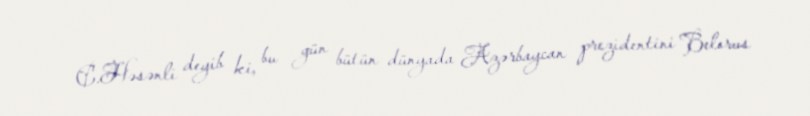
C.Həsənli deyib ki, bu gün bütün dünyada Azərbaycan prezidentini Belorus